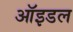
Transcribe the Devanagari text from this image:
ऑइडल